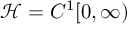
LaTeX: { \mathcal { H } } = C ^ { 1 } [ 0 , \infty )